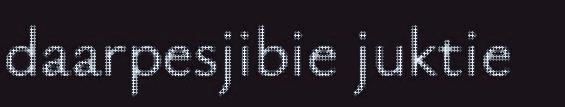
daarpesjibie juktie